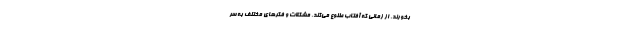
بخورند. از زمانی که آفتاب طلوع می‌کند، مشکلات و فکرهای مختلف به سر